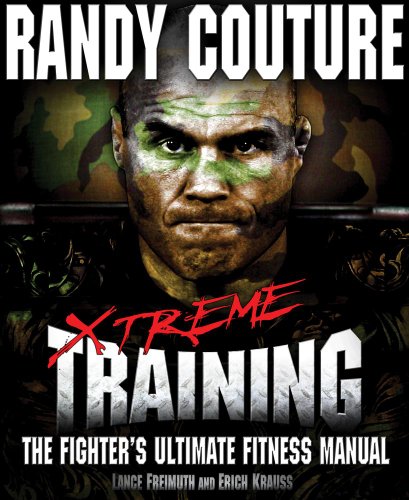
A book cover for Xtreme Training: The Fighter's Ultimate Fitness Manual; Randy Couture; Sports & Outdoors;